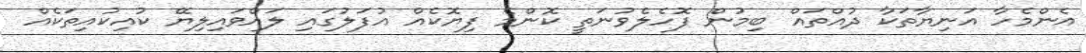
އެންމެހާ އަނިޔާތަކާ ދުއްތައް ބިމުން ފޮހެލެވުނަތީ ކޮންމެ ފިޔޮކެއް އުފަލުގައި ލައްވައިލިޔޭ ކުއިކުއިތަކެއް